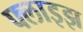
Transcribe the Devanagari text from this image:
फ्लाइझ